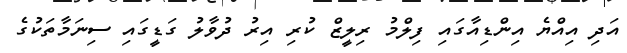
އަދި އިއްޔެ އިންޑިއާގައި ފިލްމު ރިލީޒް ކުރި އިރު ދުވާލު ގަޑީގައި ސިނަމާތަކުގެ